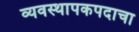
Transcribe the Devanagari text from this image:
व्यवस्थापकपदाचा